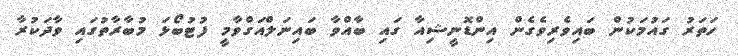
ހަތަރު ގައުމަކުން ބައިވެރިވެގެން އިންޑޮނީޝިއާ ގައި ބާއްވާ ބައިނަލްއަގްވާމީ ފުޓުބޯޅަ މުބާރާތުގައި ވާދަކުރާ